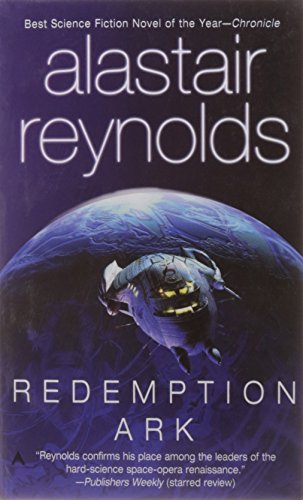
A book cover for Redemption Ark (Revelation Space); Alastair Reynolds; Science Fiction & Fantasy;